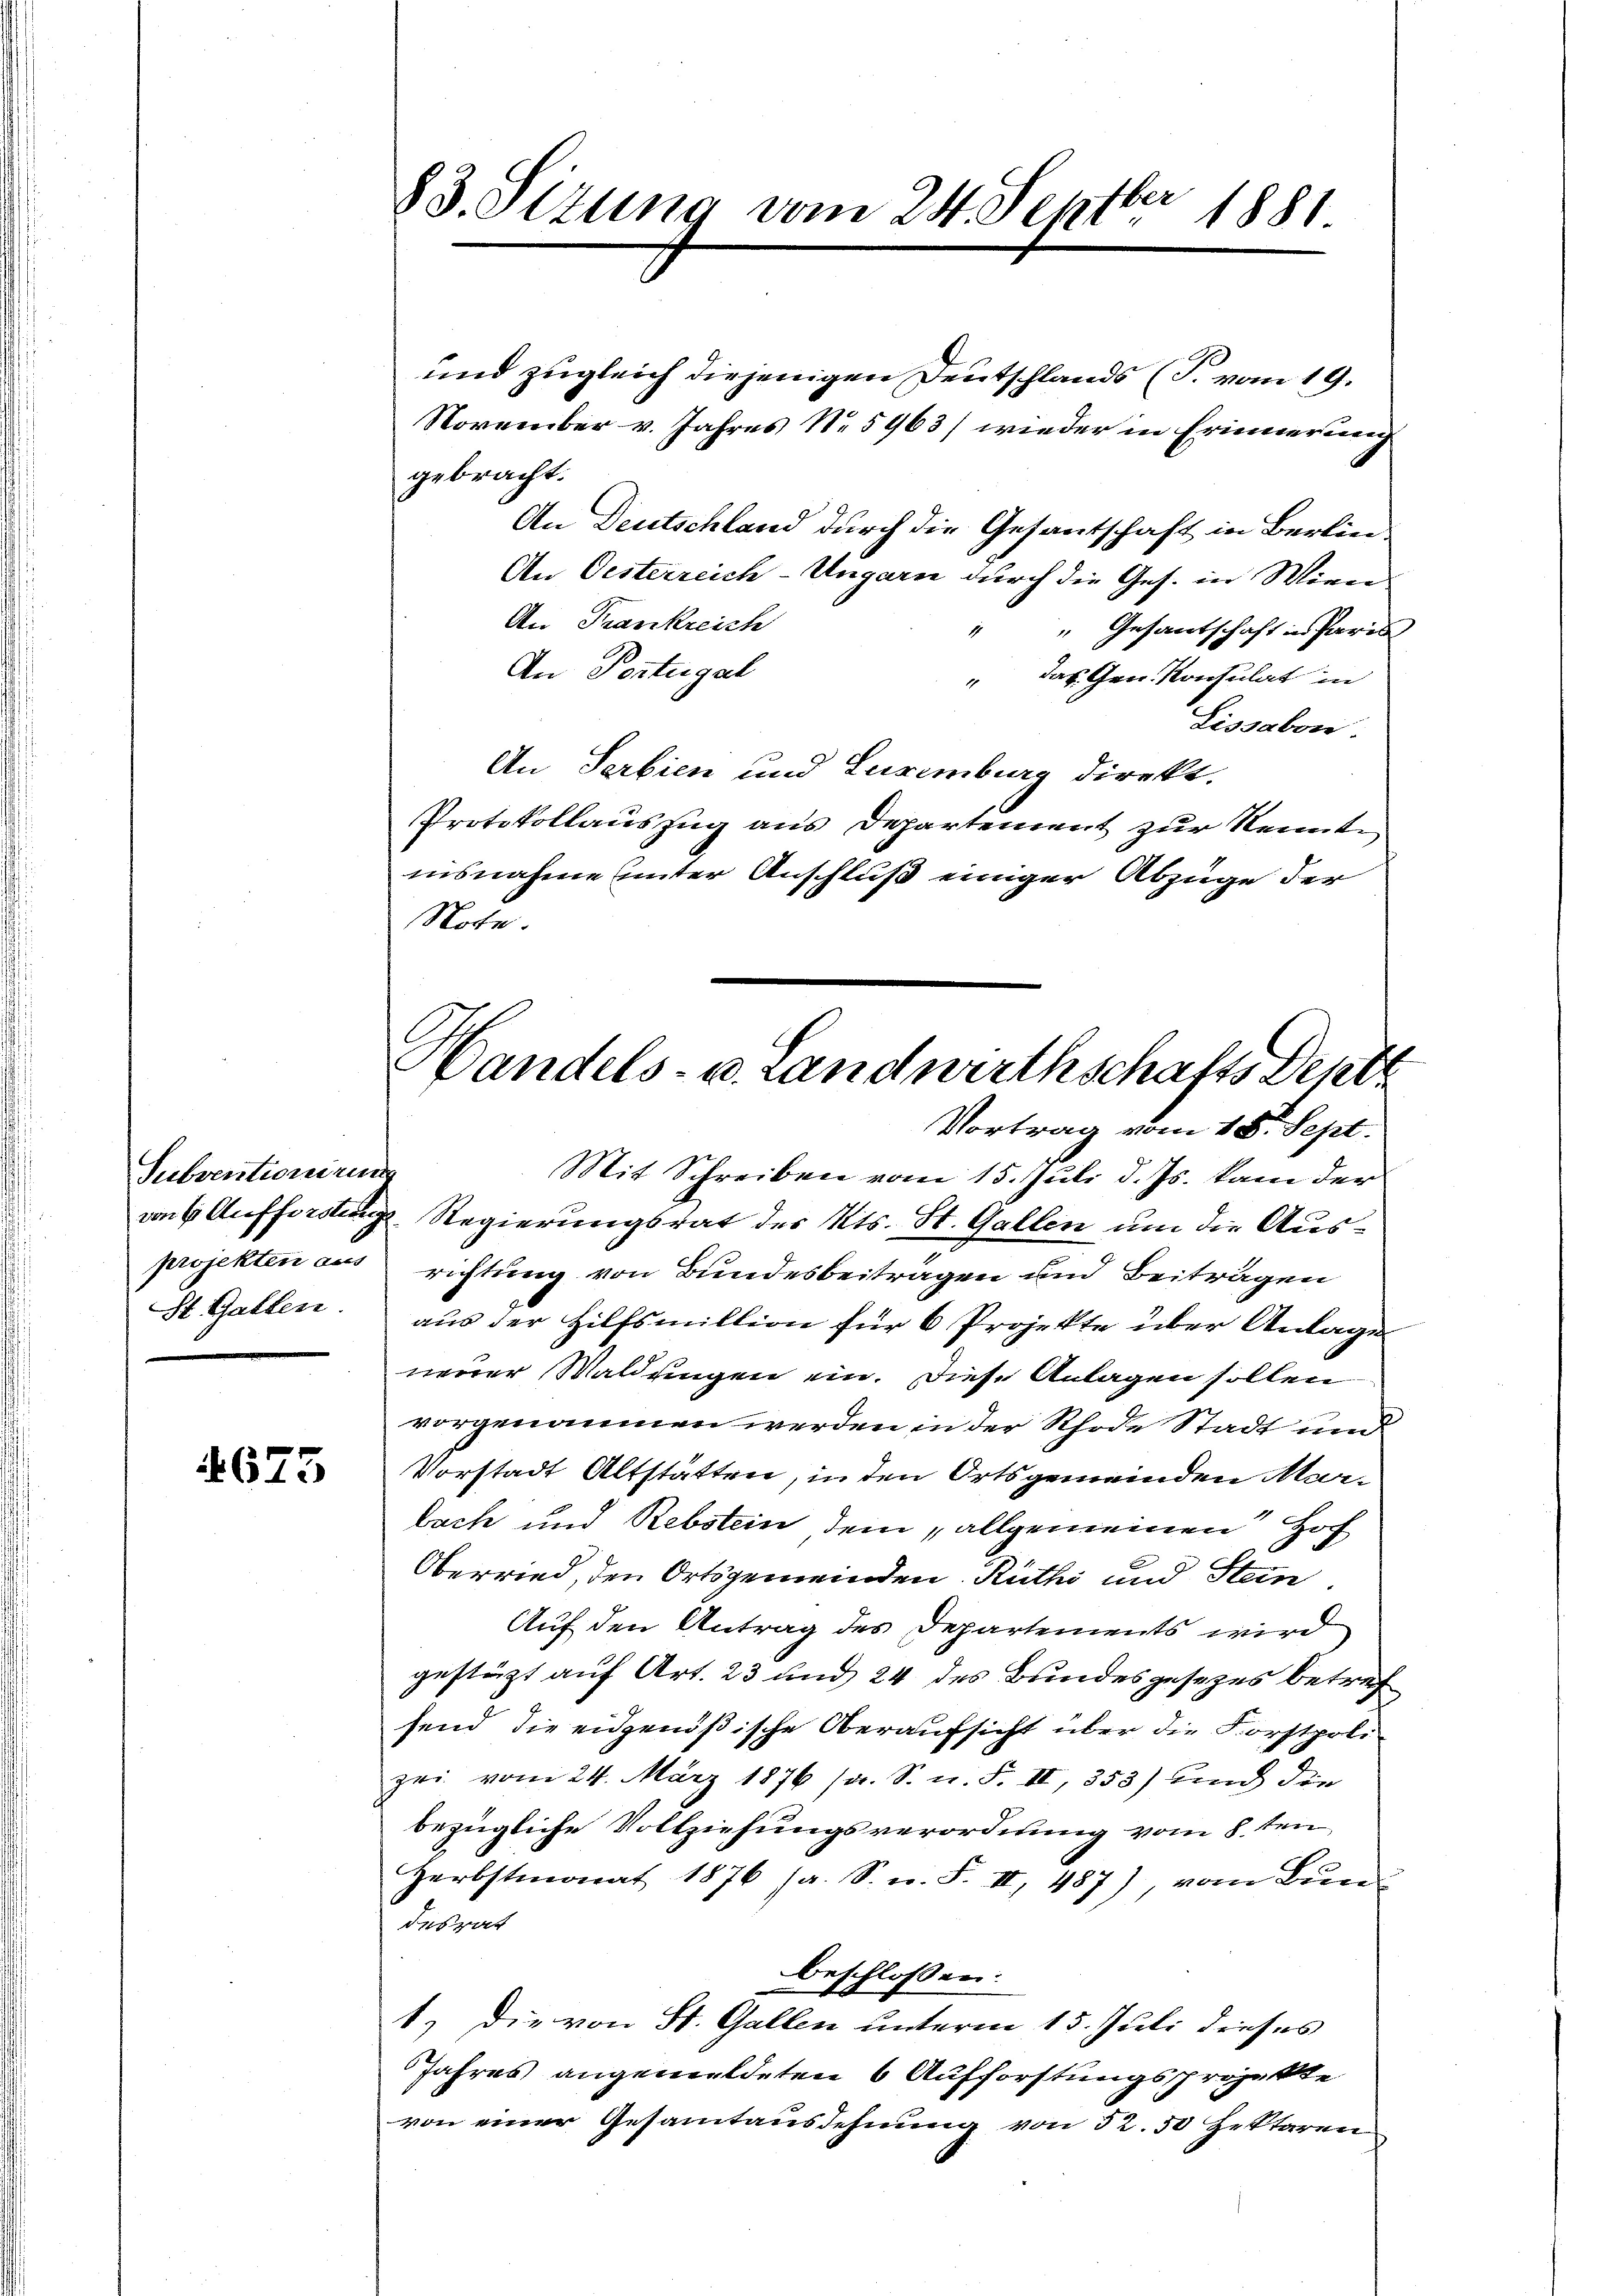
Subventionirung
projekten aus
St. Gallen.

4673

83. Sitzung vom 24. Septbr 1881

und zugleich diejenigen Deutschlands (T. vom 19.
November v. Jahres N. 5963) wieder in Erinnerung
gebracht.
An Deutschland durch die Gesantschaft in Berlin¬
An Oesterreich-Ungarn durch die Ges. in Wire
An Frankreich
" Gesantschaft in Paris
An Portugal
" das Gen. Konsulat in
Lissabon.
An Serbien und Luxenburg direkt.
Protokollauszug aus Departement zur Kennte,
nisnahme unter Anschluß einiger Abzüge der
Note.

Handels- u. Landwirthschafts Deut
Vortrag vom 18. Sept.

Mit Schreiben vom 15. Juli d. Js. kam der
von Aufforstungs-Regierungsrat des Kts. St. Gallen um die Ausrichtung von Bundesbeitragen und Beitragen
aus der Hilfsmillion für 6 Projekte über Antage
neuer Waldungen ein. Diese Anlagen sollen
vorgenommen werden in der Rhode Stadt und
Vorstadt Altstätten, in den Ortsgemeinden Marbach und Rebstein dem allgemeinen Hof
Oberried, den Ortsgemeinden Rüthi und Stein
Auf den Antrag des Departements wird
gestützt auf Art. 23 und 24 des Bundesgesezes betref
send die eidgenößische Oberaufsicht über die Forstpolizri vom 24. März 1876 (s. S. u. F. II, 353) und die
bezügliche Vollziehungsverordnung vom 8.ten
Herbstmonat 1876 (a. S. n. F. II 487), vom Bun
desrat
beschlossen:
1.) Die von St. Gallen unterm 15. Juli dieses
Jahres angemeldeten 6 Aufforstungsprojekte
von einer Gesamtausdehnung von 52. 50 Zektaren